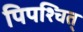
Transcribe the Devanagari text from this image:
पिपश्चित्